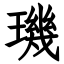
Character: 璣